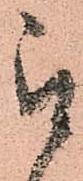
被